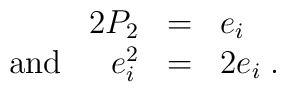
\begin{array}{rll}2P_{2}&=&e_{i}      \\  \mbox{ and }\hspace{5mm}e_{i}^{2}&=&2e_{i}\;.\end{array}